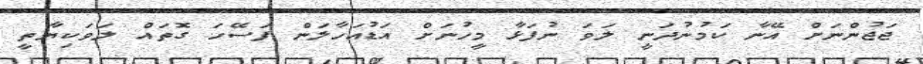
ޖަޖުންނަށް އޭނާ ކަމުނުދަނީ ލަވަ ނުފަޅާ މީހުނަށް އަޑުއަހާލަން ފަސޭހަ ގޮތައް ލަވަކިޔާތީ